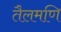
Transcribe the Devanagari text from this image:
तैलमणि